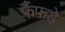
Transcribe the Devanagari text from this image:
फैंफड़े